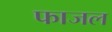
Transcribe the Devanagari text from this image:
फाजल